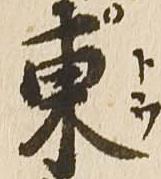
東